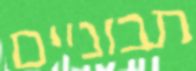
תבוניים